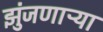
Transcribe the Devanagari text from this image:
झुंजणाऱ्या